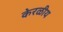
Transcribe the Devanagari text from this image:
केरळीय